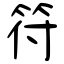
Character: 符